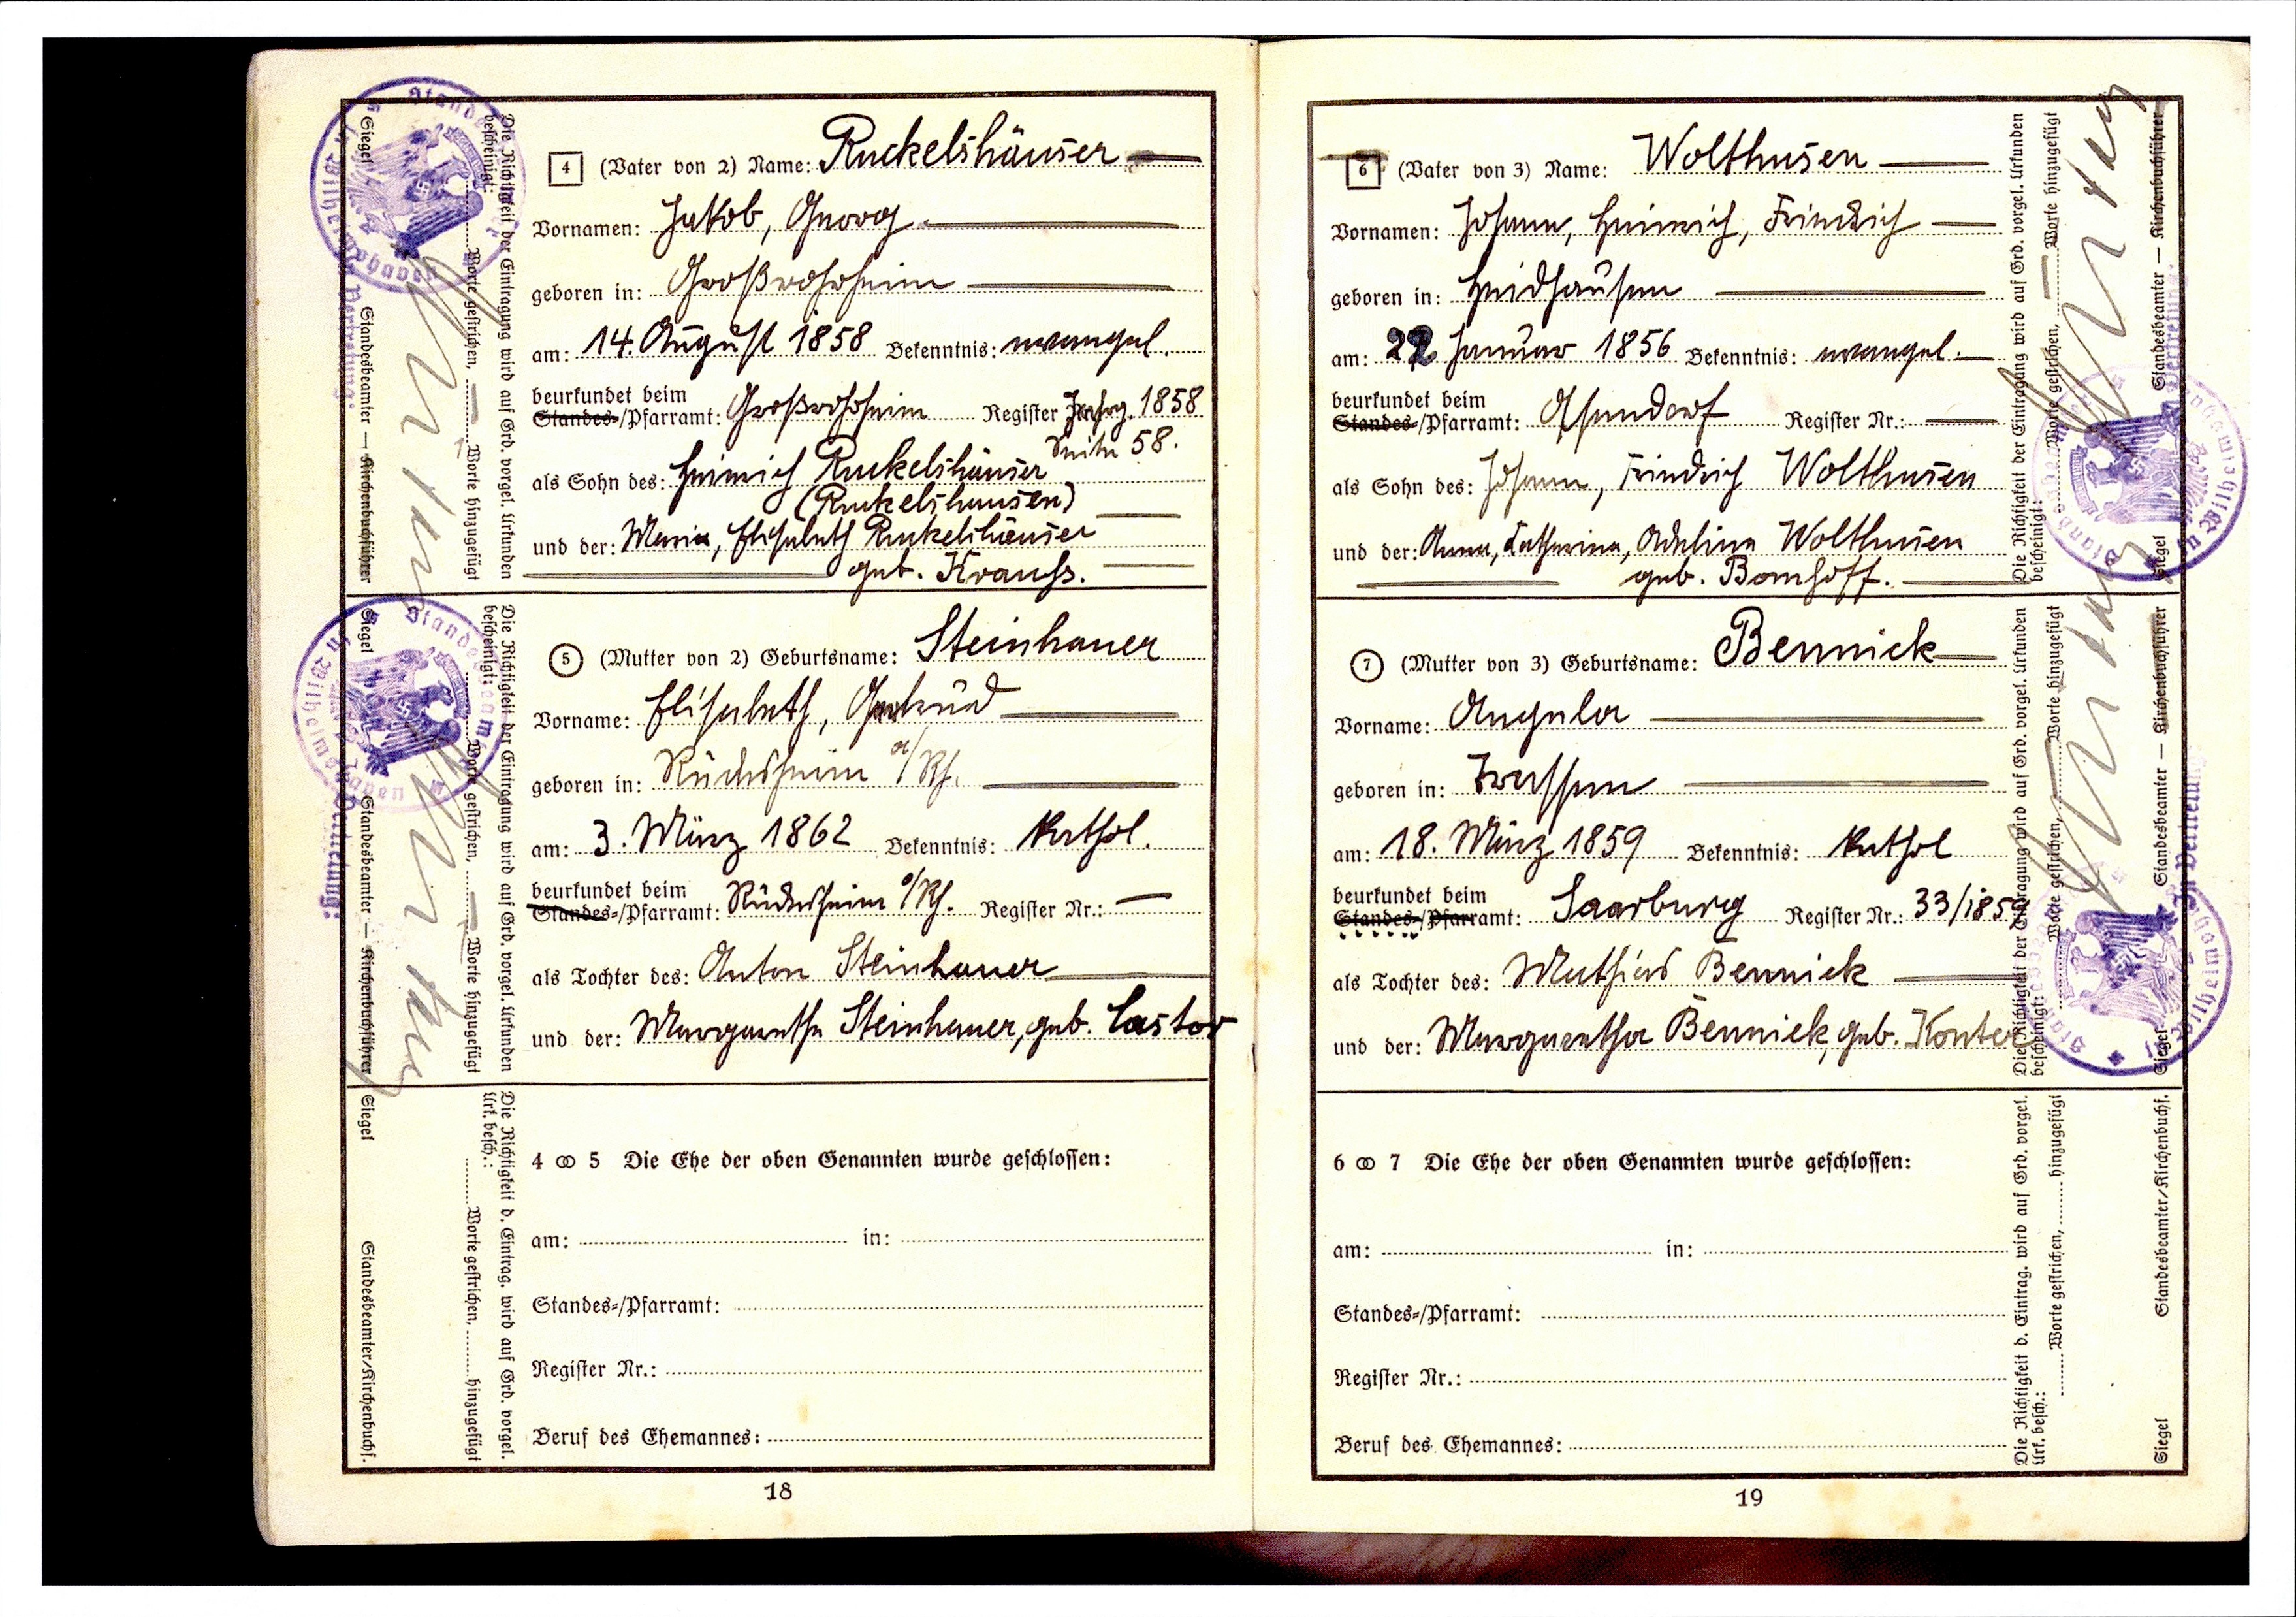
Ruckelshäuser
Jakob, Georg
Großrohrheim
14. August 1858 Bekenntnis: evangel.
Großrohrheim Register Jahrg, 1858 Seite 58
Heinrich Ruckelshäuser
(Ruckelshausen)
Maria, Elisabeth Ruckelshäuser
geb. Krauhs.
Steinhauer
Elisabeth, Gertrud
Rüdesheim a/Rh.
3. März 1862 Bekenntnis Kathol.
Rüdesheim a/Rh.
Anton Steinhauer
Margareth Steinhauer, geb. Lastor

Wolthusen
Johann, Heinrich, Friedrich
Haidhausen
22. Januar 1856 Bekenntnis: evangel.
Asendorf
Johann, Friedrich Wolthausen
Anna, Catharina, Adelina Wolthusen
geb. Bomhoff
Bennick
Angela
Trassen
18. März 1859 Bekenntnis: Kathol.
Saarburg Register Nr.: 33/ 1859
Mathias Bennick
Margaretha Bennick, geb. Konter